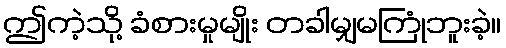
ဤကဲ့သို့ ခံစားမှုမျိုး တခါမျှမကြုံဘူးခဲ့။